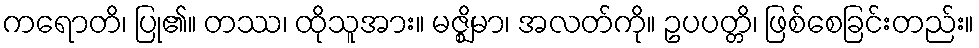
ကရောတိ၊ ပြု၏။ တဿ၊ ထိုသူအား။ မဇ္ဈိမာ၊ အလတ်ကို။ ဥပပတ္တိ၊ ဖြစ်စေခြင်းတည်း။